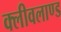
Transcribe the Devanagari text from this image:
क्लीवलाण्ड